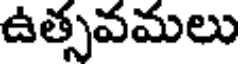
ఉత్సవమలు